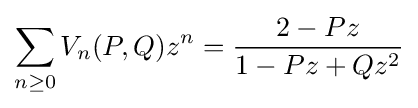
\sum _{n\geq 0}V_{n}(P,Q)z^{n}={\frac {2-Pz}{1-Pz+Qz^{2}}}